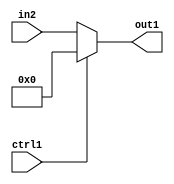
`timescale 1ps / 1ps
/*****************************************************************************
    Verilog RTL Description
    
    
    Created by: Stratus DpOpt 2019.1.01 
*******************************************************************************/

module feature_write_addr_gen_N_MuxB_320_2_10_4_0 (
	in2,
	ctrl1,
	out1
	); /* architecture "behavioural" */ 
input [319:0] in2;
input  ctrl1;
output [319:0] out1;
wire [319:0] asc001;

reg [319:0] asc001_tmp_0;
assign asc001 = asc001_tmp_0;
always @ (ctrl1 or in2) begin
	case (ctrl1)
		1'B1 : asc001_tmp_0 = 320'B00000000000000000000000000000000000000000000000000000000000000000000000000000000000000000000000000000000000000000000000000000000000000000000000000000000000000000000000000000000000000000000000000000000000000000000000000000000000000000000000000000000000000000000000000000000000000000000000000000000000000000000000000000000
    ;
		default : asc001_tmp_0 = in2 ;
	endcase
end

assign out1 = asc001;
endmodule

/* CADENCE  vLT3TQE= : u9/ySgnWtBlWxVPRXgAZ4Og= ** DO NOT EDIT THIS LINE ******/